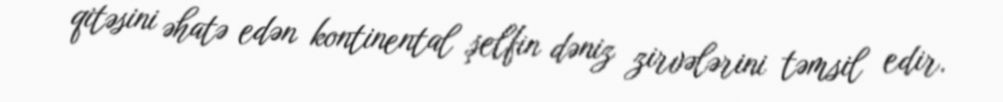
qitəsini əhatə edən kontinental şelfin dəniz zirvələrini təmsil edir.